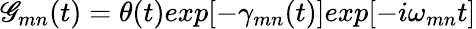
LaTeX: \mathscr{G}_{mn}(t)=\theta(t)exp[-\gamma_{mn}(t)]exp[-i\omega_{mn}t]